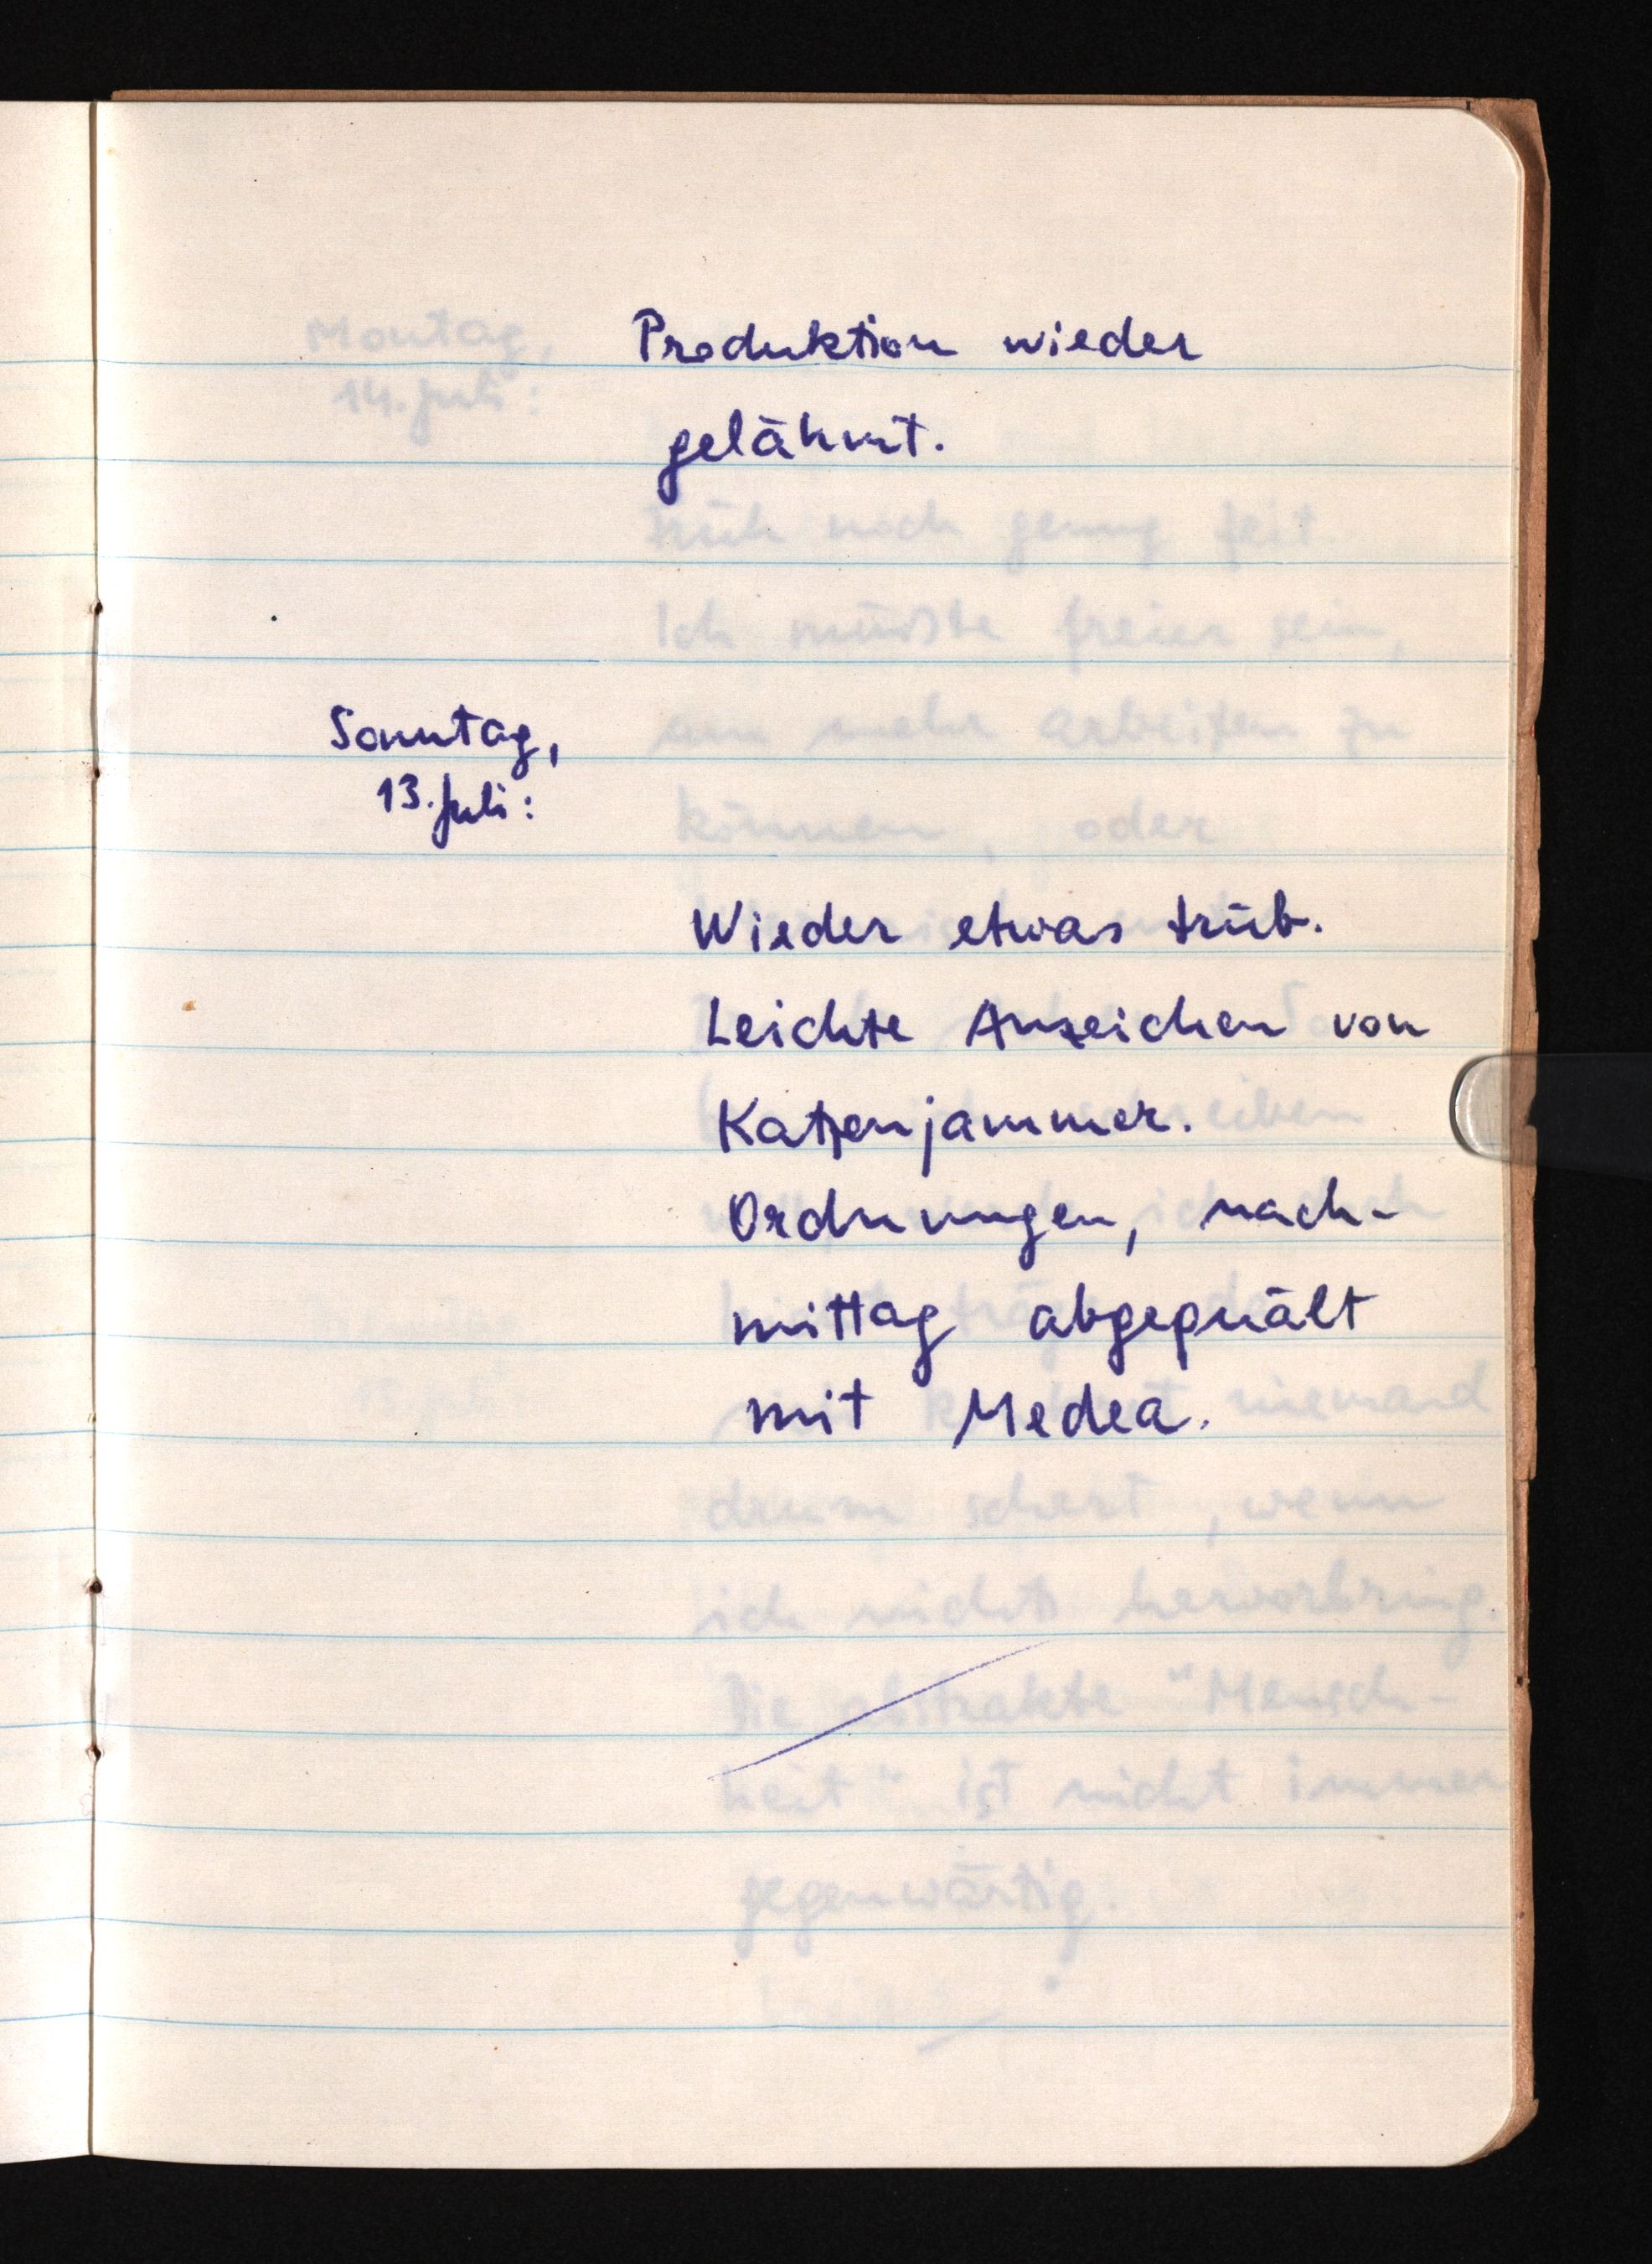
Produktion wieder
gelähmt.
Sonntag,
13. Juli:
Wieder etwas trüb.
Leichte Anzeichen von
Katzenjammer.
Ordnungen, nach¬
mittag abgequält
mit Medea.